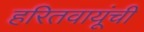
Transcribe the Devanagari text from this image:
हरितवायूंची